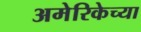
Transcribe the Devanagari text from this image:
अमेरिकेच्या